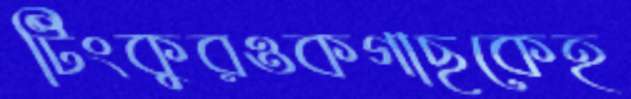
টিংকুরওকগাছকেহ